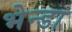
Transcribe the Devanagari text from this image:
भेन्डा